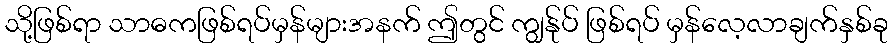
သို့ဖြစ်ရာ သာဓကဖြစ်ရပ်မှန်များအနက် ဤတွင် ကျွန်ုပ် ဖြစ်ရပ် မှန်လေ့လာချက်နှစ်ခု